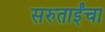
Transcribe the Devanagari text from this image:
सरुताईंचा